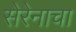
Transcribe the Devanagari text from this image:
सेरेनाचा